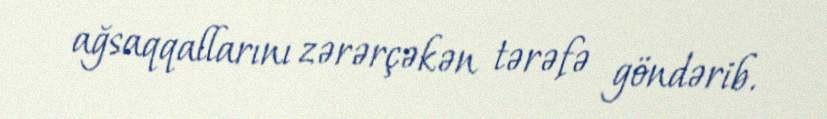
ağsaqqallarını zərərçəkən tərəfə göndərib.